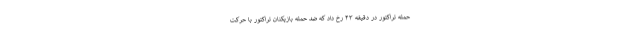
حمله تراکتور در دقیقه ۴۳ رخ داد که ضد حمله بازیکنان تراکتور با حرکت